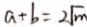
a + b = 2 \sqrt { m }